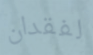
لفقدان